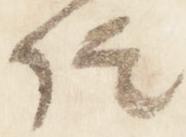
信